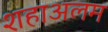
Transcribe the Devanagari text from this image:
शहाअलम